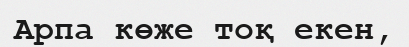
Арпа көже тоқ екен,